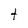
Character: t